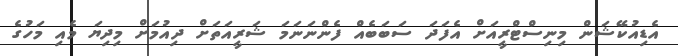
އެޑިއުކޭޝަން މިނިސްޓްރީއަށް އެފަދަ ސަބަބެއް ފެންނަނަމަ ޝަރީއަތަށް ދިއުމަށް މިދިޔަ މެއި މަހުގެ